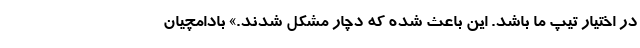
در اختیار تیپ ما باشد. این باعث شده که دچار مشکل شدند.» بادامچیان